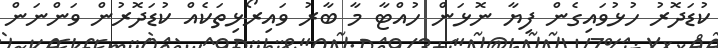
ކުޑަދޮރު ހުޅުވައިގެން ފިޔާ ނޮޅަން ހުއްޓާ މާ ބާރު ވައިރޯޅިތަކެއް ކުޑަދޮރުން ވަންނަން